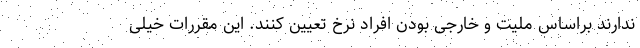
ندارند براساس ملیت و خارجی بودن افراد نرخ تعیین کنند. این مقررات خیلی